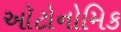
ઑટોનોમિક